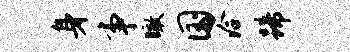
身事瞰国洽蹄